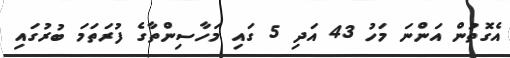
އެގޮތުން އަންނަ މަހު 43 އަދި 5 ގައި މަހާސިންތާގެ ފުރަތަމަ ބުރުގައި